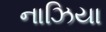
નાઝિયા